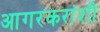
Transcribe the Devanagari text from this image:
आगरकरांशी